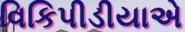
વિકિપીડીયાએ